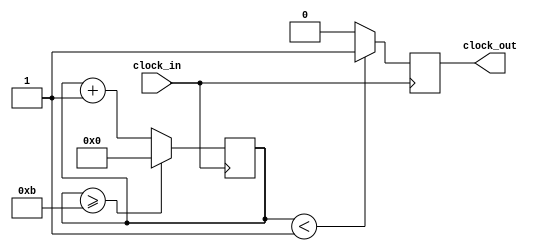
`timescale 1ns / 1ps
//////////////////////////////////////////////////////////////////////////////////
// Company: 
// Engineer: 
// 
// Design Name: 
// Module Name: clock_divider
// Project Name: 
// Target Devices: 
// Tool Versions: 
// Description: 
// 
// Dependencies: 
// 
// Revision:
// Revision 0.01 - File Created
// Additional Comments:
// 
//////////////////////////////////////////////////////////////////////////////////

module clock_divider(clock_in,clock_out);

input clock_in; // input clock on FPGA
output reg clock_out; // output clock after dividing the input clock by divisor
reg[27:0] counter=28'd0;
parameter DIVISOR = 28'd12;
// The frequency of the output clk_out
//  = The frequency of the input clk_in divided by DIVISOR
// For example: Fclk_in = 50Mhz, if you want to get 1Hz signal to blink LEDs
// You will modify the DIVISOR parameter value to 28'd50.000.000
// Then the frequency of the output clk_out = 50Mhz/50.000.000 = 1Hz

initial
begin
clock_out=0;
end

always @(posedge clock_in)
begin
 counter <= counter + 28'd1;
 if(counter>=(DIVISOR-1))
 begin
  counter <= 28'd0;
 end
 clock_out <= (counter<DIVISOR/12)?1'b1:1'b0;

end
endmodule


//module clock_divider(input clock_in, output reg clock_out);

//localparam div_value = 125000000/(2*1);
//// division_value = 100Mhz/(2*desired Frequency) - 1
////Counter
//integer counter_value = 0; // 32 bit reg bus

//always@ (posedge clock_in) //Sensitivity list
//begin

//    if(counter_value == div_value)
//        counter_value <= 0;
//    else
//        counter_value <= counter_value + 1;

//end


//always@ (posedge clock_in)
//begin
//    if(counter_value == div_value)
//        clock_out <= ~clock_out; //flip signal 
//end

//endmodule